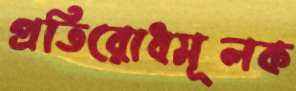
প্রতিরোধমূলক